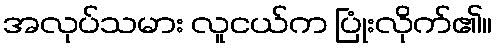
အလုပ်သမား လူငယ်က ပြုံးလိုက်၏။